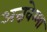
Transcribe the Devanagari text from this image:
अन्नवेम्मा